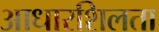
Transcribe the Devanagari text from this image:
आधारशिलता